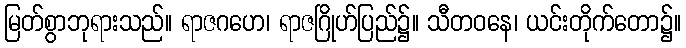
မြတ်စွာဘုရားသည်။ ရာဇဂဟေ၊ ရာဇဂြိုဟ်ပြည်၌။ သီတဝနေ၊ ယင်းတိုက်တော၌။